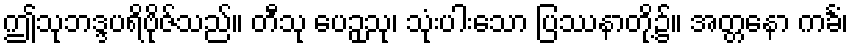
ဤသုဘဒ္ဒပရိဗိုဇ်သည်။ တီသု ပေဉှသု၊ သုံးပါးသော ပြဿနာတို့၌။ အတ္တနော ကင်္ခံ၊